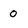
Character: 0